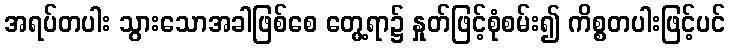
အရပ်တပါး သွားသောအခါဖြစ်စေ တွေ့ရာ၌ နှုတ်ဖြင့်စုံစမ်း၍ ကိစ္စတပါးဖြင့်ပင်